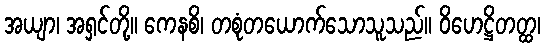
အယျာ၊ အရှင်တို့။ ကေနစိ၊ တစုံတယောက်သောသူသည်။ ဝိဟေဋ္ဌိတတ္ထ၊